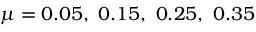
\mu = 0 . 0 5 , \ 0 . 1 5 , \ 0 . 2 5 , \ 0 . 3 5